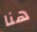
هنا